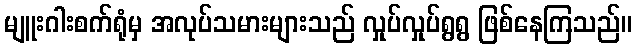
မျူးဂါးစက်ရုံမှ အလုပ်သမားများသည် လှုပ်လှုပ်ရွရွ ဖြစ်နေကြသည်။